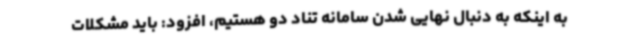
به اینکه به دنبال نهایی شدن سامانه تناد دو هستیم، افزود: باید مشکلات